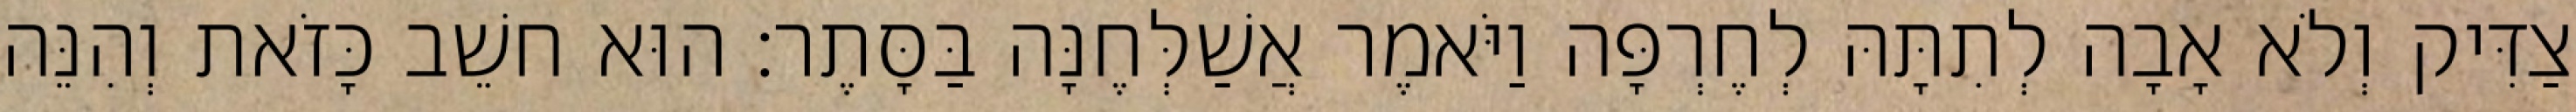
צַדִּיק וְלֹא אָבָה לְתִתָּהּ לְחֶרְפָּה וַיֹּאמֶר אֲשַׁלְּחֶנָּה בַּסָּתֶר׃ הוּא חשֵׁב כָּזֹאת וְהִנֵּה